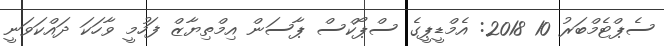
ސެޕްޓެމްބަރު 10 2018: އެމްޑީޕީގެ ސްޕޯކްސް ޕާސަން އިމްތިޔާޒް ފަހުމީ ވާހަކަ ދައްކަވަނީ